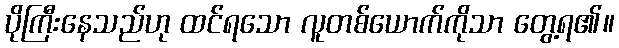
ပိုကြီးနေသည်ဟု ထင်ရသော လူတစ်ယောက်ကိုသာ တွေ့ရ၏။